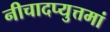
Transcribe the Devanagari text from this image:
नीचादप्युत्तमां